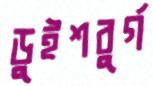
ডুইশবুর্গ